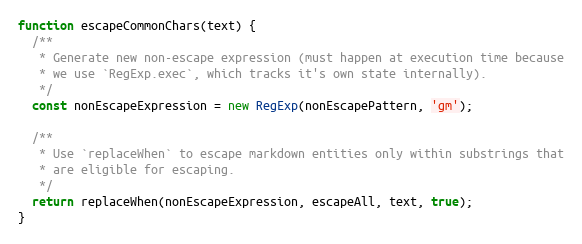
Language: JavaScript
function escapeCommonChars(text) {
  /**
   * Generate new non-escape expression (must happen at execution time because
   * we use `RegExp.exec`, which tracks it's own state internally).
   */
  const nonEscapeExpression = new RegExp(nonEscapePattern, 'gm');

  /**
   * Use `replaceWhen` to escape markdown entities only within substrings that
   * are eligible for escaping.
   */
  return replaceWhen(nonEscapeExpression, escapeAll, text, true);
}